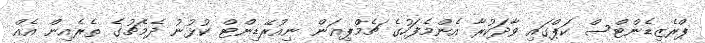
ޕްރެޒިޑެންޓްސް ކަޕްގައި ވާދަކުރާ އެންމެފަހުގެ ޗެމްޕިއަން ނިއުރޭޑިންޓް ކުޅުނު ދެމެޗުގެ ތެރެއިން އެއް